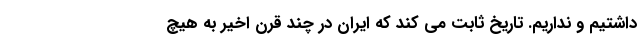
داشتیم و نداریم. تاریخ ثابت می کند که ایران در چند قرن اخیر به هیچ